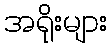
အရိုးများ